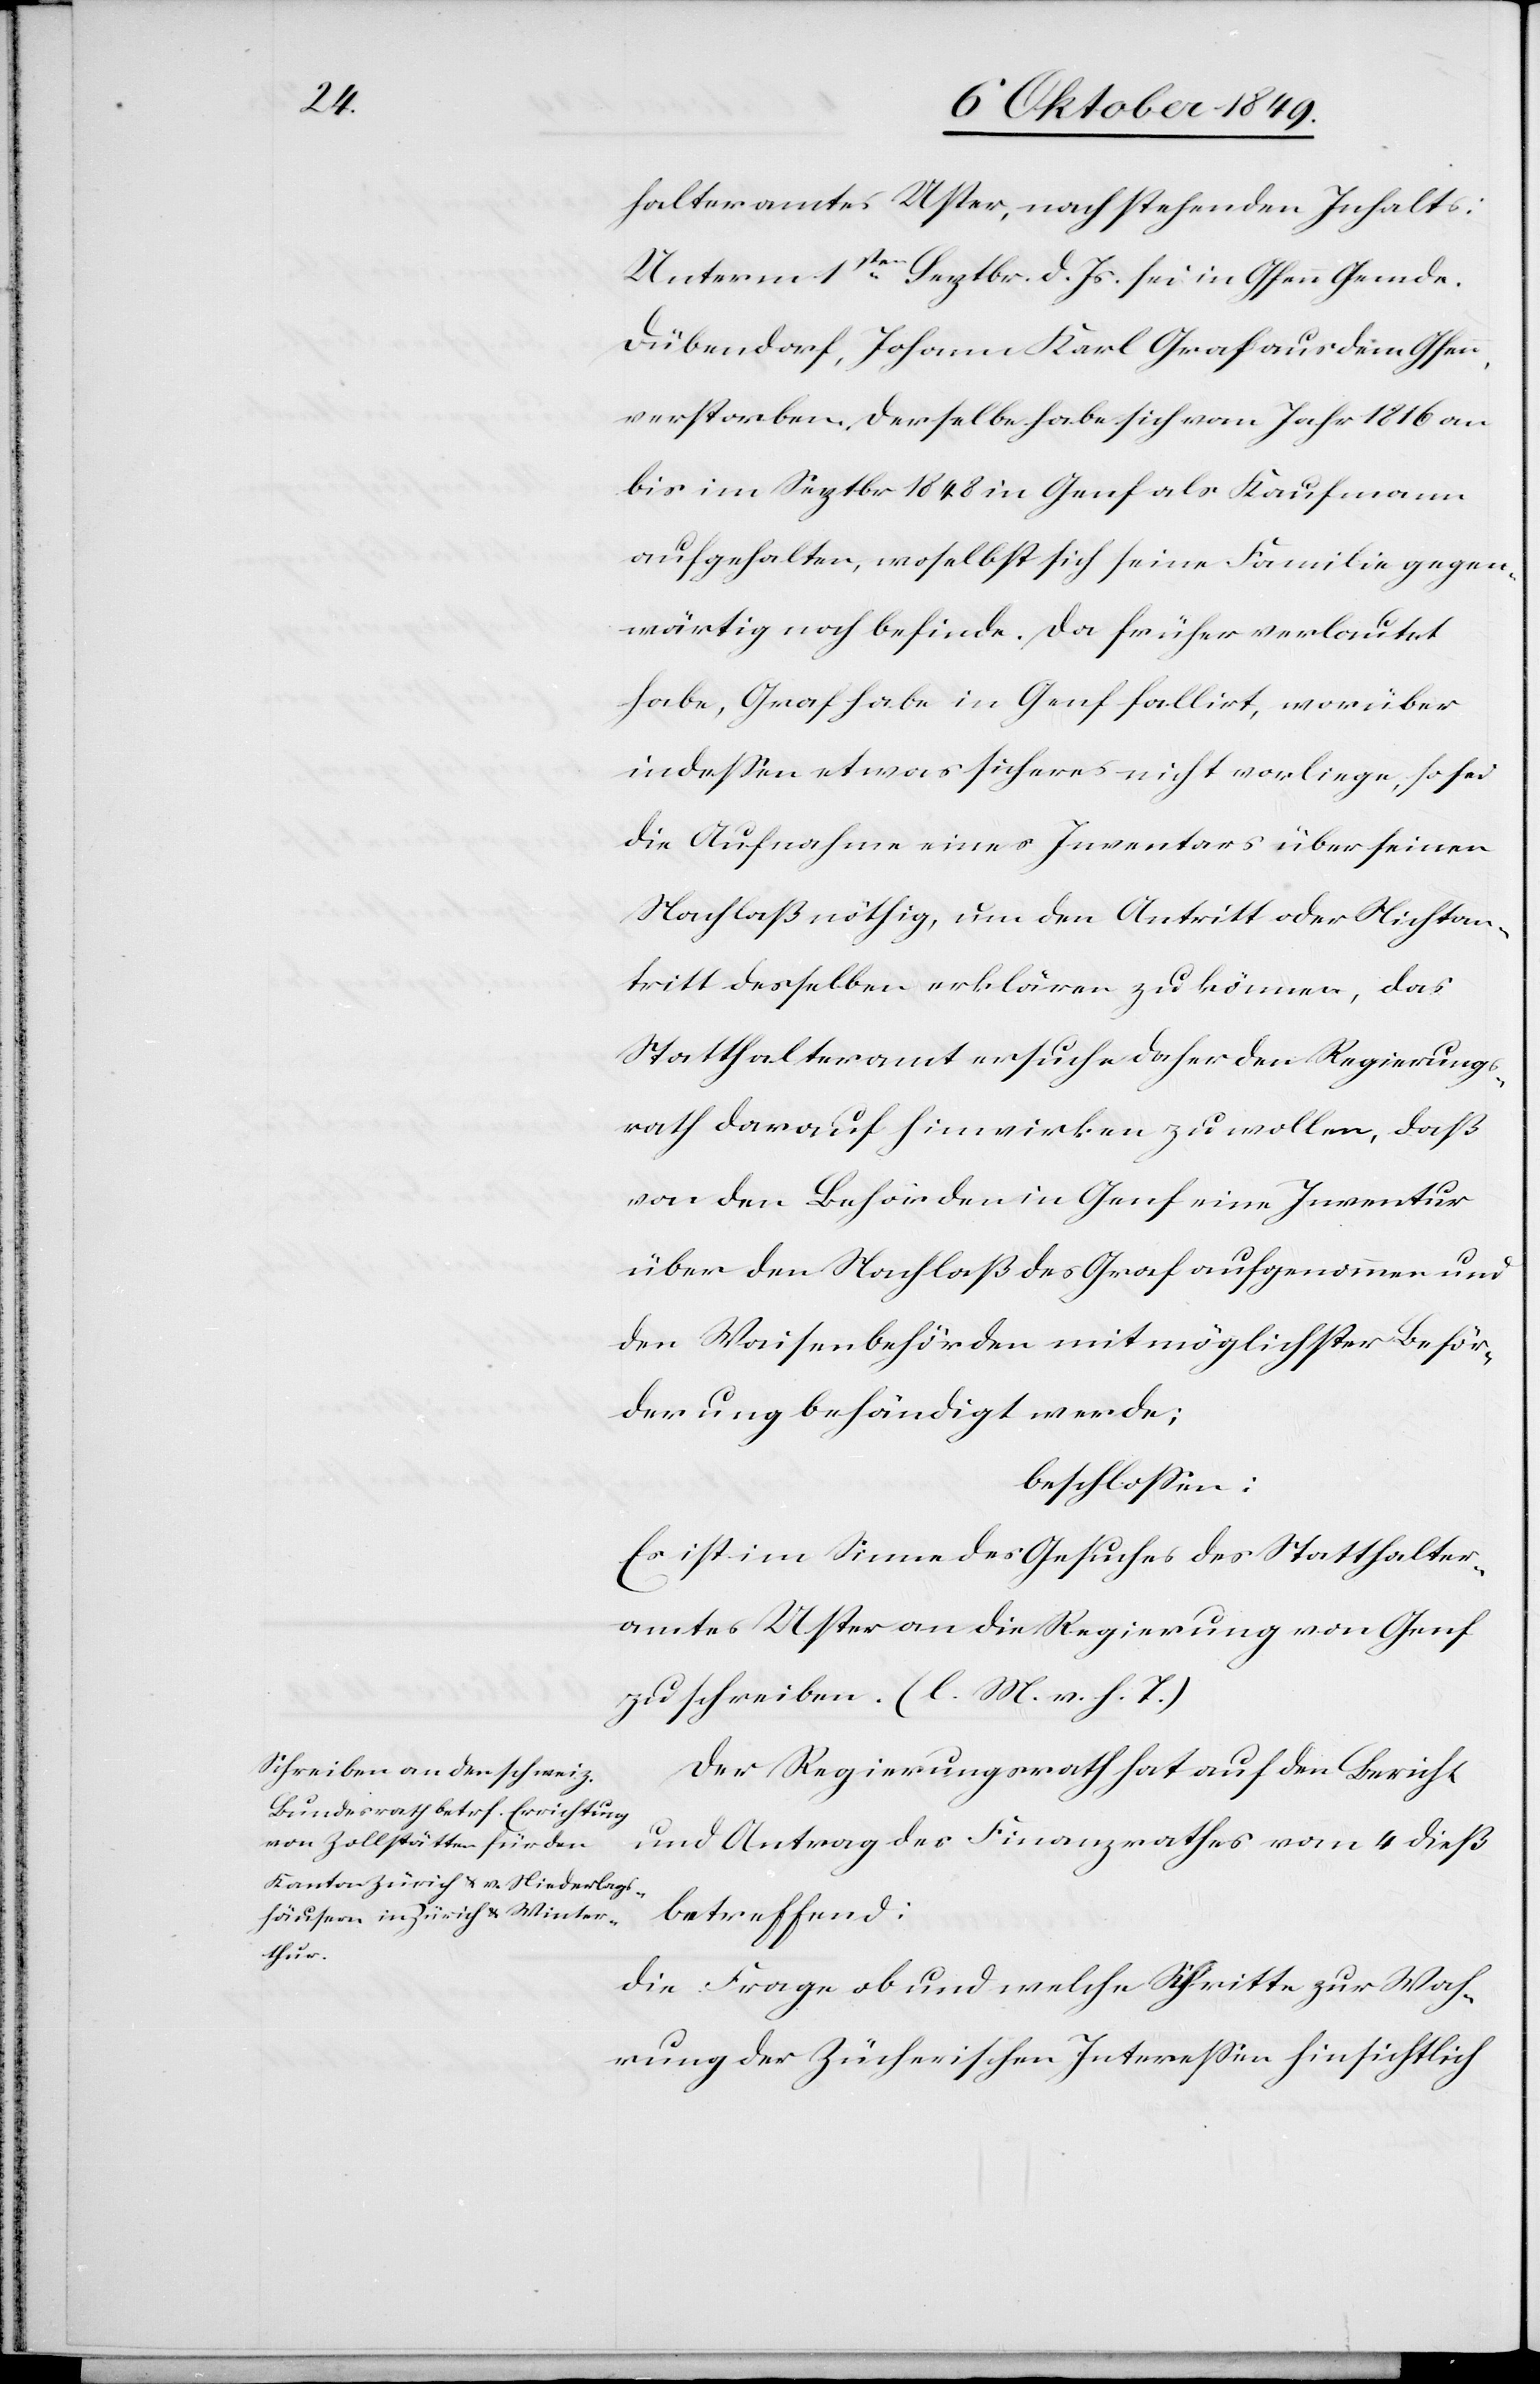
halteramtes Uster, nachstehenden Inhalts:
Unterm 1sten Septbr. d. Js. sei in Gfenn Gemde.
Dübendorf, Johannes Karl Graf aus dem Gfenn,
verstorben, derselbe habe sich vom Jahr 1816 an
bis im Septbr 1848 in Genf als Kaufmann
aufgehalten, woselbst sich seine Familie gegen¬
wärtig noch befinde. Da früher verlautet
habe, Graf habe in Genf fallirt, worüber
indeßen etwas sicheres nicht vorliege, so sei
die Aufnahme eines Inventars über seinen
Nachlaß nöthig, um den Antritt oder Nichtan¬
tritt desselben erklären zu können, das
Statthalteramt ersuche daher den Regierungs¬
rath darauf hinwirken zu wollen, daß
von den Behörden in Genf eine Inventur
über den Nachlaß des Graf aufgenommen und
den Waisenbehörden mit möglichster Beför¬
derung behändigt werde;
beschloßen:
Es ist im Sinne des Gesuches des Statthalter¬
amtes Uster an die Regierung von Genf
zu schreiben. [l. M. v. h. T]
Der Regierungsrath hat auf den Bericht
und Antrag des Finanzrathes vom 4 dieß
betreffend:
Die Frage ob und welche Schritte zur Wah¬
rung der Zürcherischen Intereßen hinsichtlich